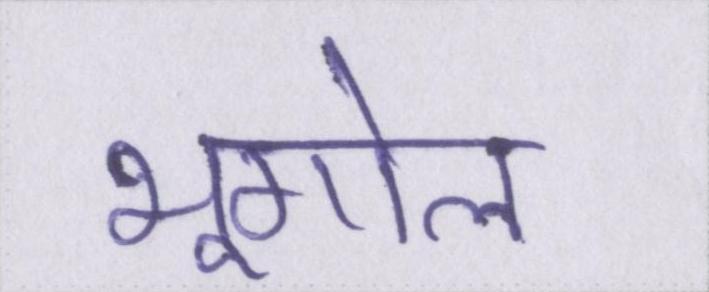
भूगोल